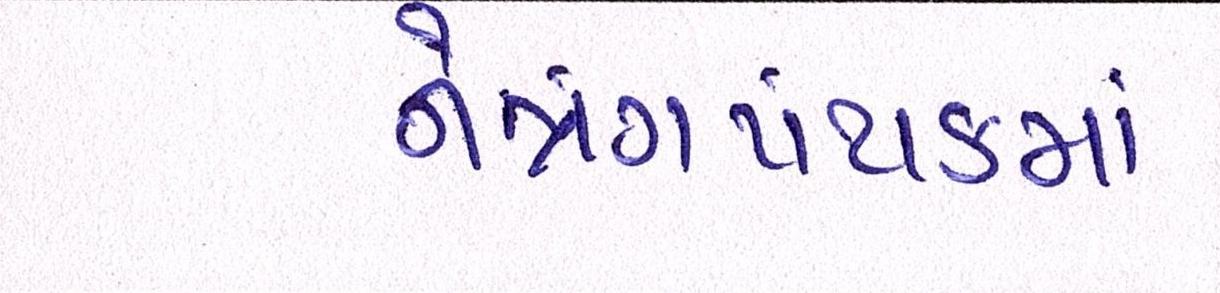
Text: નેત્રંગપંથકમાં